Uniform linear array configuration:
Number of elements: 16
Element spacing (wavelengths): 0.5
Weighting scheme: cosine
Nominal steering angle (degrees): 0
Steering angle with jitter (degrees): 0.2033
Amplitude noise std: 0.05
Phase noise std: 0.05

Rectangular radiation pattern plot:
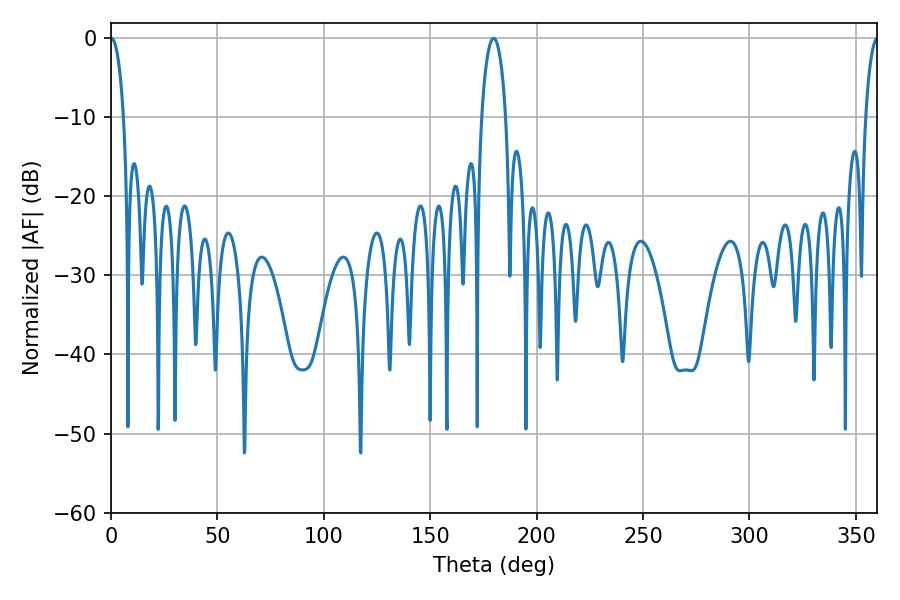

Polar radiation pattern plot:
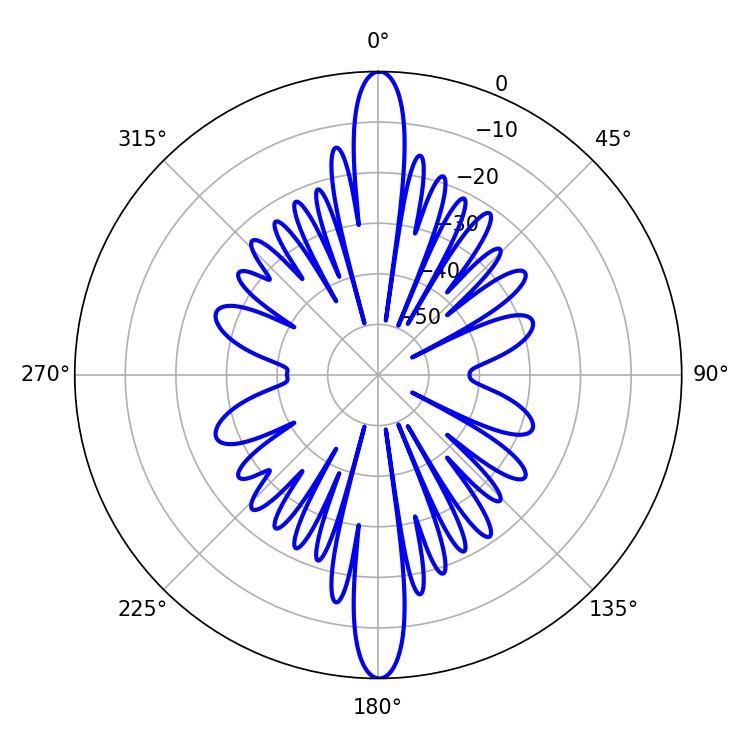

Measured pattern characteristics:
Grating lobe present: FALSE
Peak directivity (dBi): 33.852
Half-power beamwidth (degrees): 3.42
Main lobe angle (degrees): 0.18